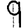
Digit: 9